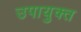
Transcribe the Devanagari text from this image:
उपायुक्‍त